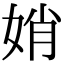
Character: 娋